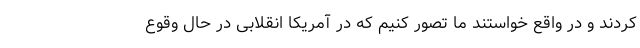
کردند و در واقع خواستند ما تصور کنیم که در آمریکا انقلابی در حال وقوع